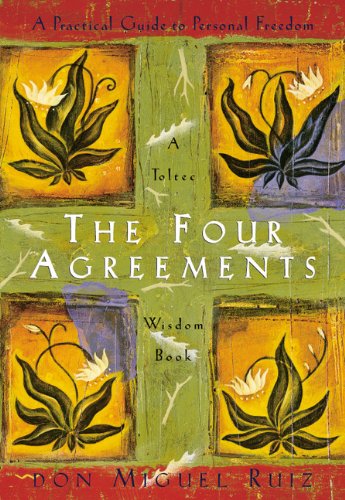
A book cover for The Four Agreements: A 48-Card Deck; Don Miguel Ruiz; Politics & Social Sciences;